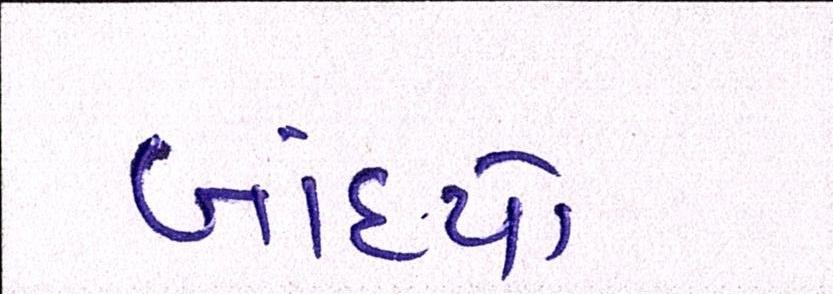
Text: બાંધ્યો